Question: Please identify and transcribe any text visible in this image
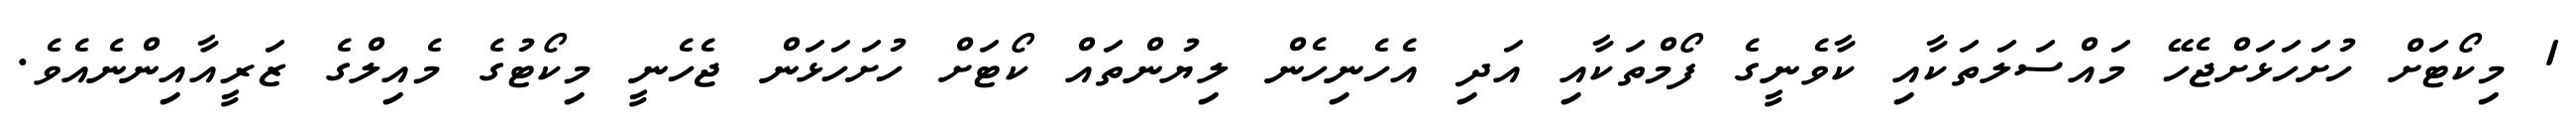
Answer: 1 މިކޯޓަށް ހުށަހަޅަށްޖެހޭ މައްސަލަތަކާއި ކާވެނީގެ ފޯމްތަކާއި އަދި އެހެނިހެން ލިޔުންތައް ކޯޓަށް ހުށަހަޅަން ޖެހެނީ މިކޯޓުގެ މެއިލްގެ ޒަރީއާއިންނެއެވެ.